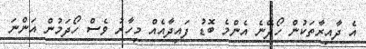
އެ ދާއިރާތަކުން ހޯދޭނެ އެންމެ ބޮޑު ފައިދާއެއް މިހާރު ވެސް ހޯދަމުން އަންނަ